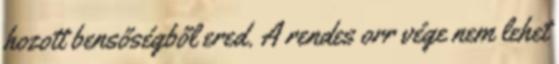
hozott bensőségből ered. A rendes orr vége nem lehet